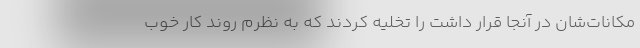
مکانات‌شان در آنجا قرار داشت را تخلیه کردند که به نظرم روند کار خوب